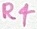
Text: R4